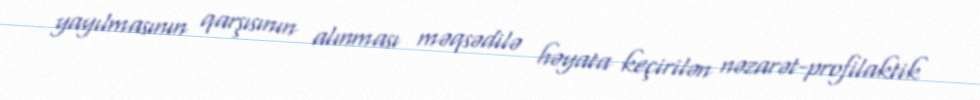
yayılmasının qarşısının alınması məqsədilə həyata keçirilən nəzarət-profilaktik